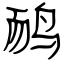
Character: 鸸